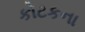
કોટકના